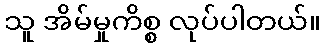
သူ အိမ်မှုကိစ္စ လုပ်ပါတယ်။